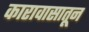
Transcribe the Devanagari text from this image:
कारावासातून